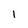
Character: l